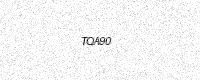
Text: TQA90